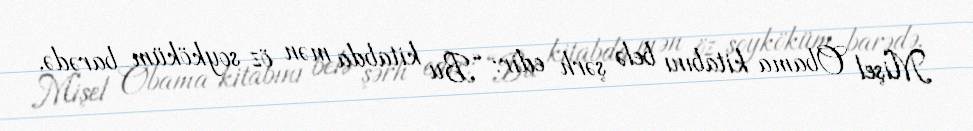
Mişel Obama kitabını belə şərh edir: “Bu kitabda mən öz soyköküm barədə,